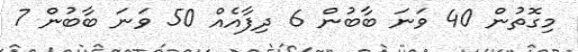
މިގޮތުން 40 ވަނަ ބާބުން 6 ދިފާއެއް 50 ވަނަ ބާބުން 7